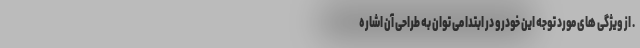
. از ویژگی های مورد توجه این خودرو در ابتدا می توان به طراحی آن اشاره